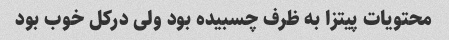
محتویات پیتزا به ظرف چسبیده بود ولی درکل خوب بود